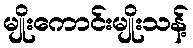
မျိုးကောင်းမျိုးသန့်